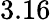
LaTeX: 3.16